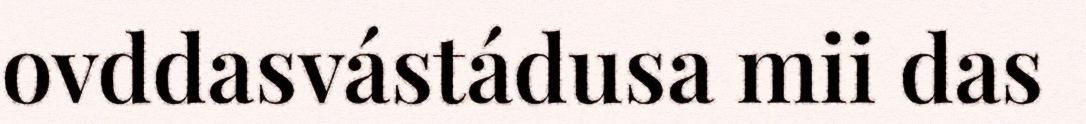
ovddasvástádusa mii das